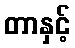
တာနှင့်